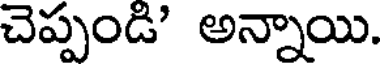
చెప్పండి' అన్నాయి.